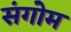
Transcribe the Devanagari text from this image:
संगोम